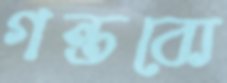
গন্তব্যে